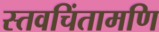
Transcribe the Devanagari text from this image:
स्तवचिंतामणि